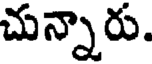
చున్నారు.